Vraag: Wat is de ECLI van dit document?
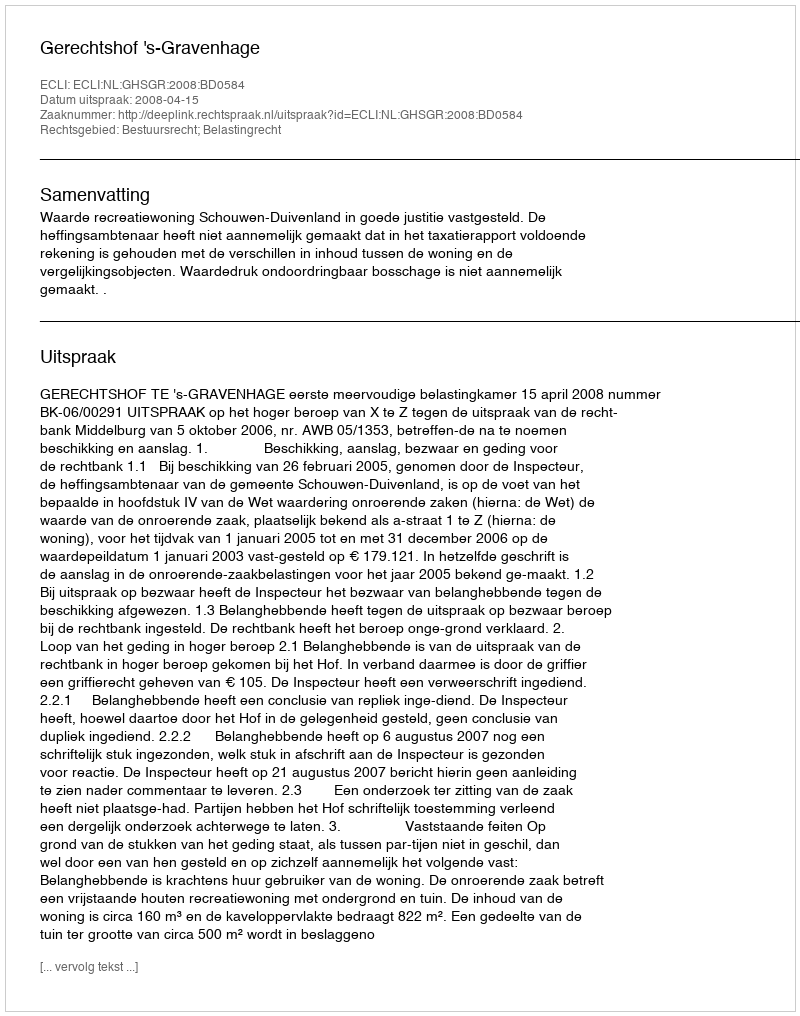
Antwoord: ECLI:NL:GHSGR:2008:BD0584